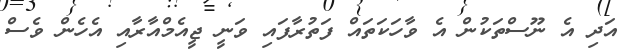
އަދި އެ ނޫސްތަކުން އެ ވާހަކަތައް ފަތުރާފައި ވަނީ ޖީއެމްއާރާއި އެހެން ވެސް